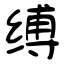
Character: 缚